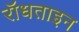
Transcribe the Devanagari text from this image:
रॉधताइन